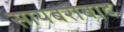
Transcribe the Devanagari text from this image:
सायबराबाद